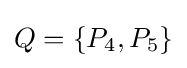
Q=\{P_{4},P_{5}\}